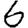
Digit: 6